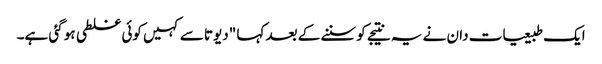
ایک طبیعیات دان نے یہ نتیجے کو سننے کے بعد کہا "دیوتا سے کہیں کوئی غلطی ہو گئی ہے۔